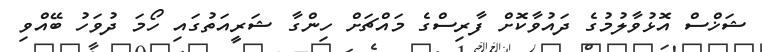
ޝަޚްސް އޮޅުވާލުމުގެ ދައުވާކޮށް ފާރިސްގެ މައްޗަށް ހިންގާ ޝަރީއަތުގައި ހޯމަ ދުވަހު ބޭއްވި